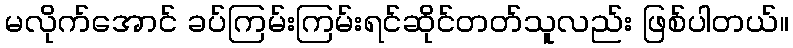
မလိုက်အောင် ခပ်ကြမ်းကြမ်းရင်ဆိုင်တတ်သူလည်း ဖြစ်ပါတယ်။